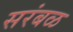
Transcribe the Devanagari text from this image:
सरंबळ